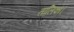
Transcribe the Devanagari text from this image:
तालिका।